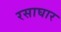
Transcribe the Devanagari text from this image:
रसाघार